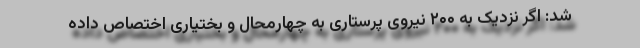
شد: اگر نزدیک به ۲۰۰ نیروی پرستاری به چهارمحال و بختیاری اختصاص داده